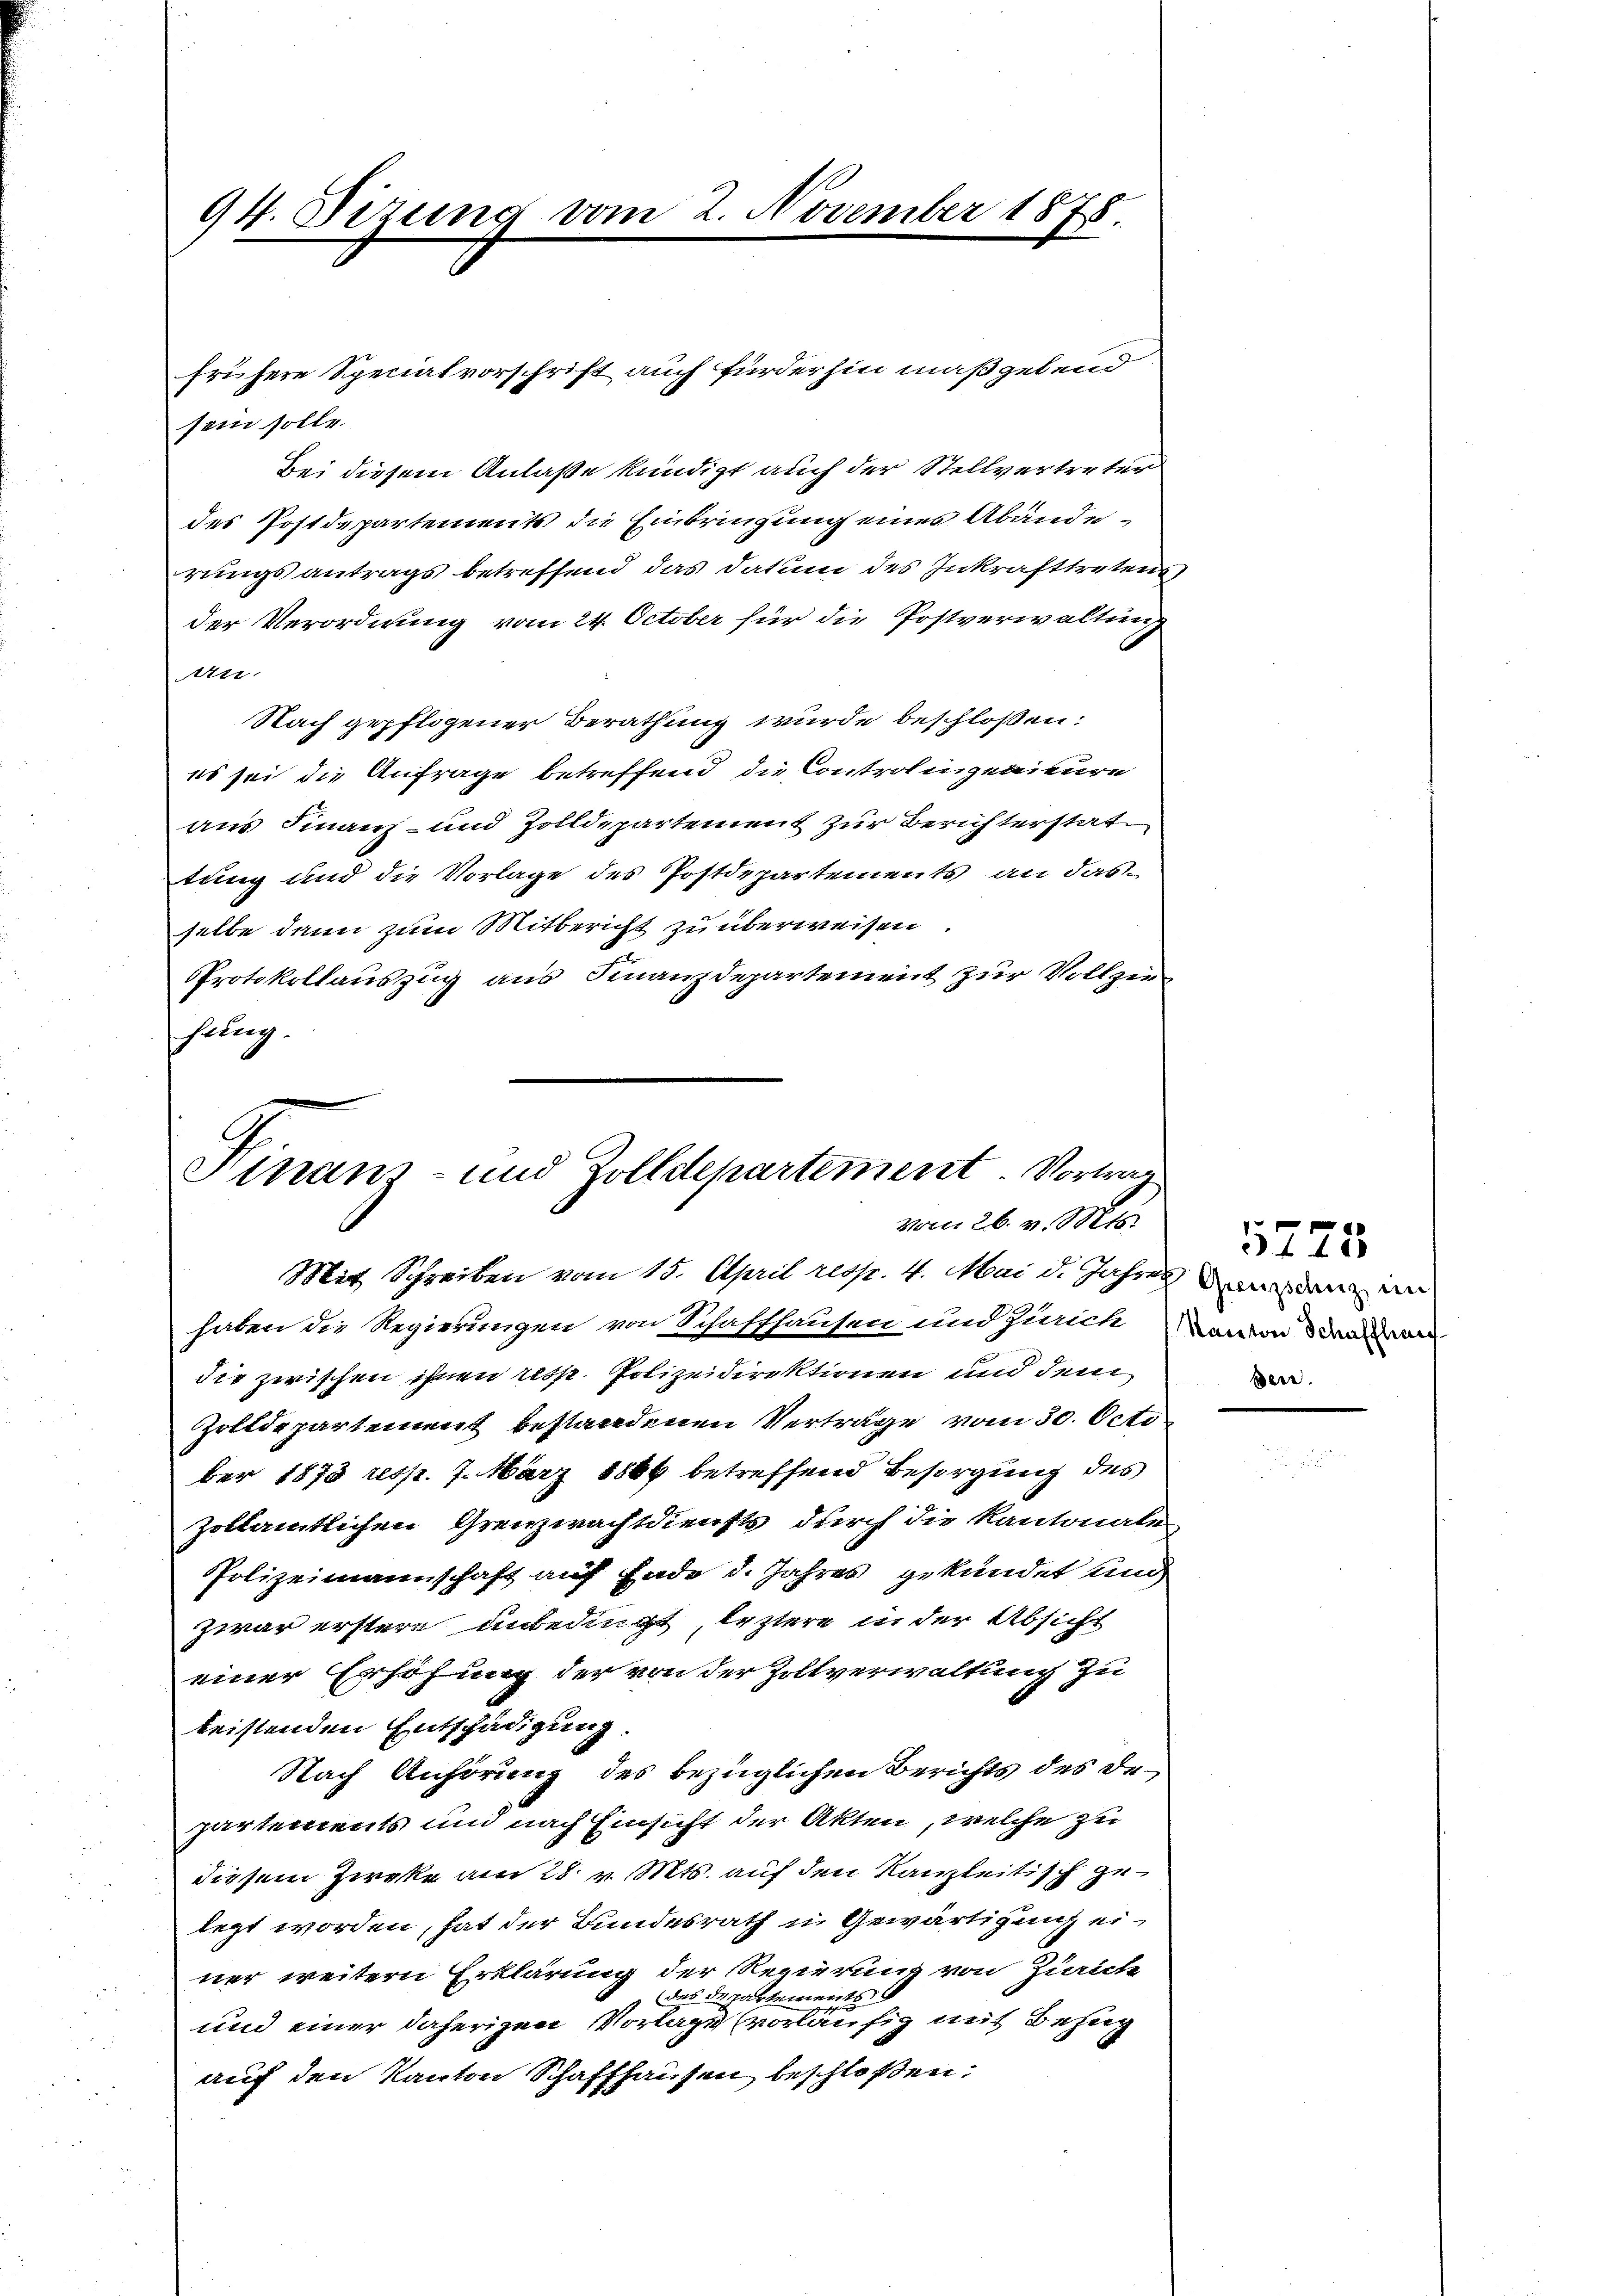
sein solle.
Bei diesem Anlaße kündigt auch der Stellvertreter
des Postdepartements die Einbringung eines Abänderungsantrags betreffend das Datum des Inkrafttretens
der Verordnung vom 24. October für die Postverwaltung
An
Nach gepflogener Berathung wurde beschloßen:
es sei die Anfrage betreffend die Controlingenieure
aus Finanz- und Zolldepartement zur Berichterstat
tung und die Vorlage des Postdepartements an das
selbe dann zum Mitbericht zu überweisen
Protokollauszug aus Finanzdepartement zur Vollziehung.

94. Dizung vom 2. November 1878.

Sinam- und Zolldepartement. Vortrag
vom 26. v. Mts.

frühere Specialvorschrift auch fürderhin maßgebend

Mit Schreiben vom 15. April resp. 4. Mai d. Jahres andenz im
haben die Regierungen von Schaffhausen und Zürich davon das an
die zwischen ihnen resp. Polizeidirektionen und dem
Zolldepartement bestandenen Verträge vom 30. Octo
ber 1873 resp. 7. März 1886 betreffend Besorgung des
zoltamtlichen Grenzwachtdiensts durch die Kantonale
Polizeimannschaft auf Ende d. Jahres gekündet und
zwar erstere unbedingt, leztere in der Absicht
einer Erhöhung der von der Zollverwaltung zu
beistenden Entschädigung.
Nach Anhörung des bezüglichen Berichts des de
partements und nach Einsicht der Akten, welche zu
diesem Zircke am 28. v. Mts. auf den Kanzleitisch gelegt worden, hat der Bundesrath in Gewärtigung einer weitern Erklärung der Regierung von Zürich
(des Departements
und einer daherigen Vorlage vorläufig mit Bezug
auf den Kanton Schaffhausen, beschloßen:

5775